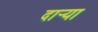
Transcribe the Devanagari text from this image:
दार्‍या